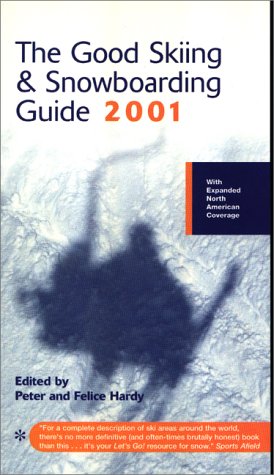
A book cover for Good Skiing and Snowboarding Guide 2001 (Good Skiing & Snowboarding Guide); Peter Hardy; Sports & Outdoors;